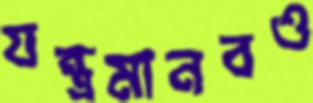
যন্ত্রমানবও